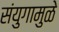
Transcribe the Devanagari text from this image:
संयुगामुळे